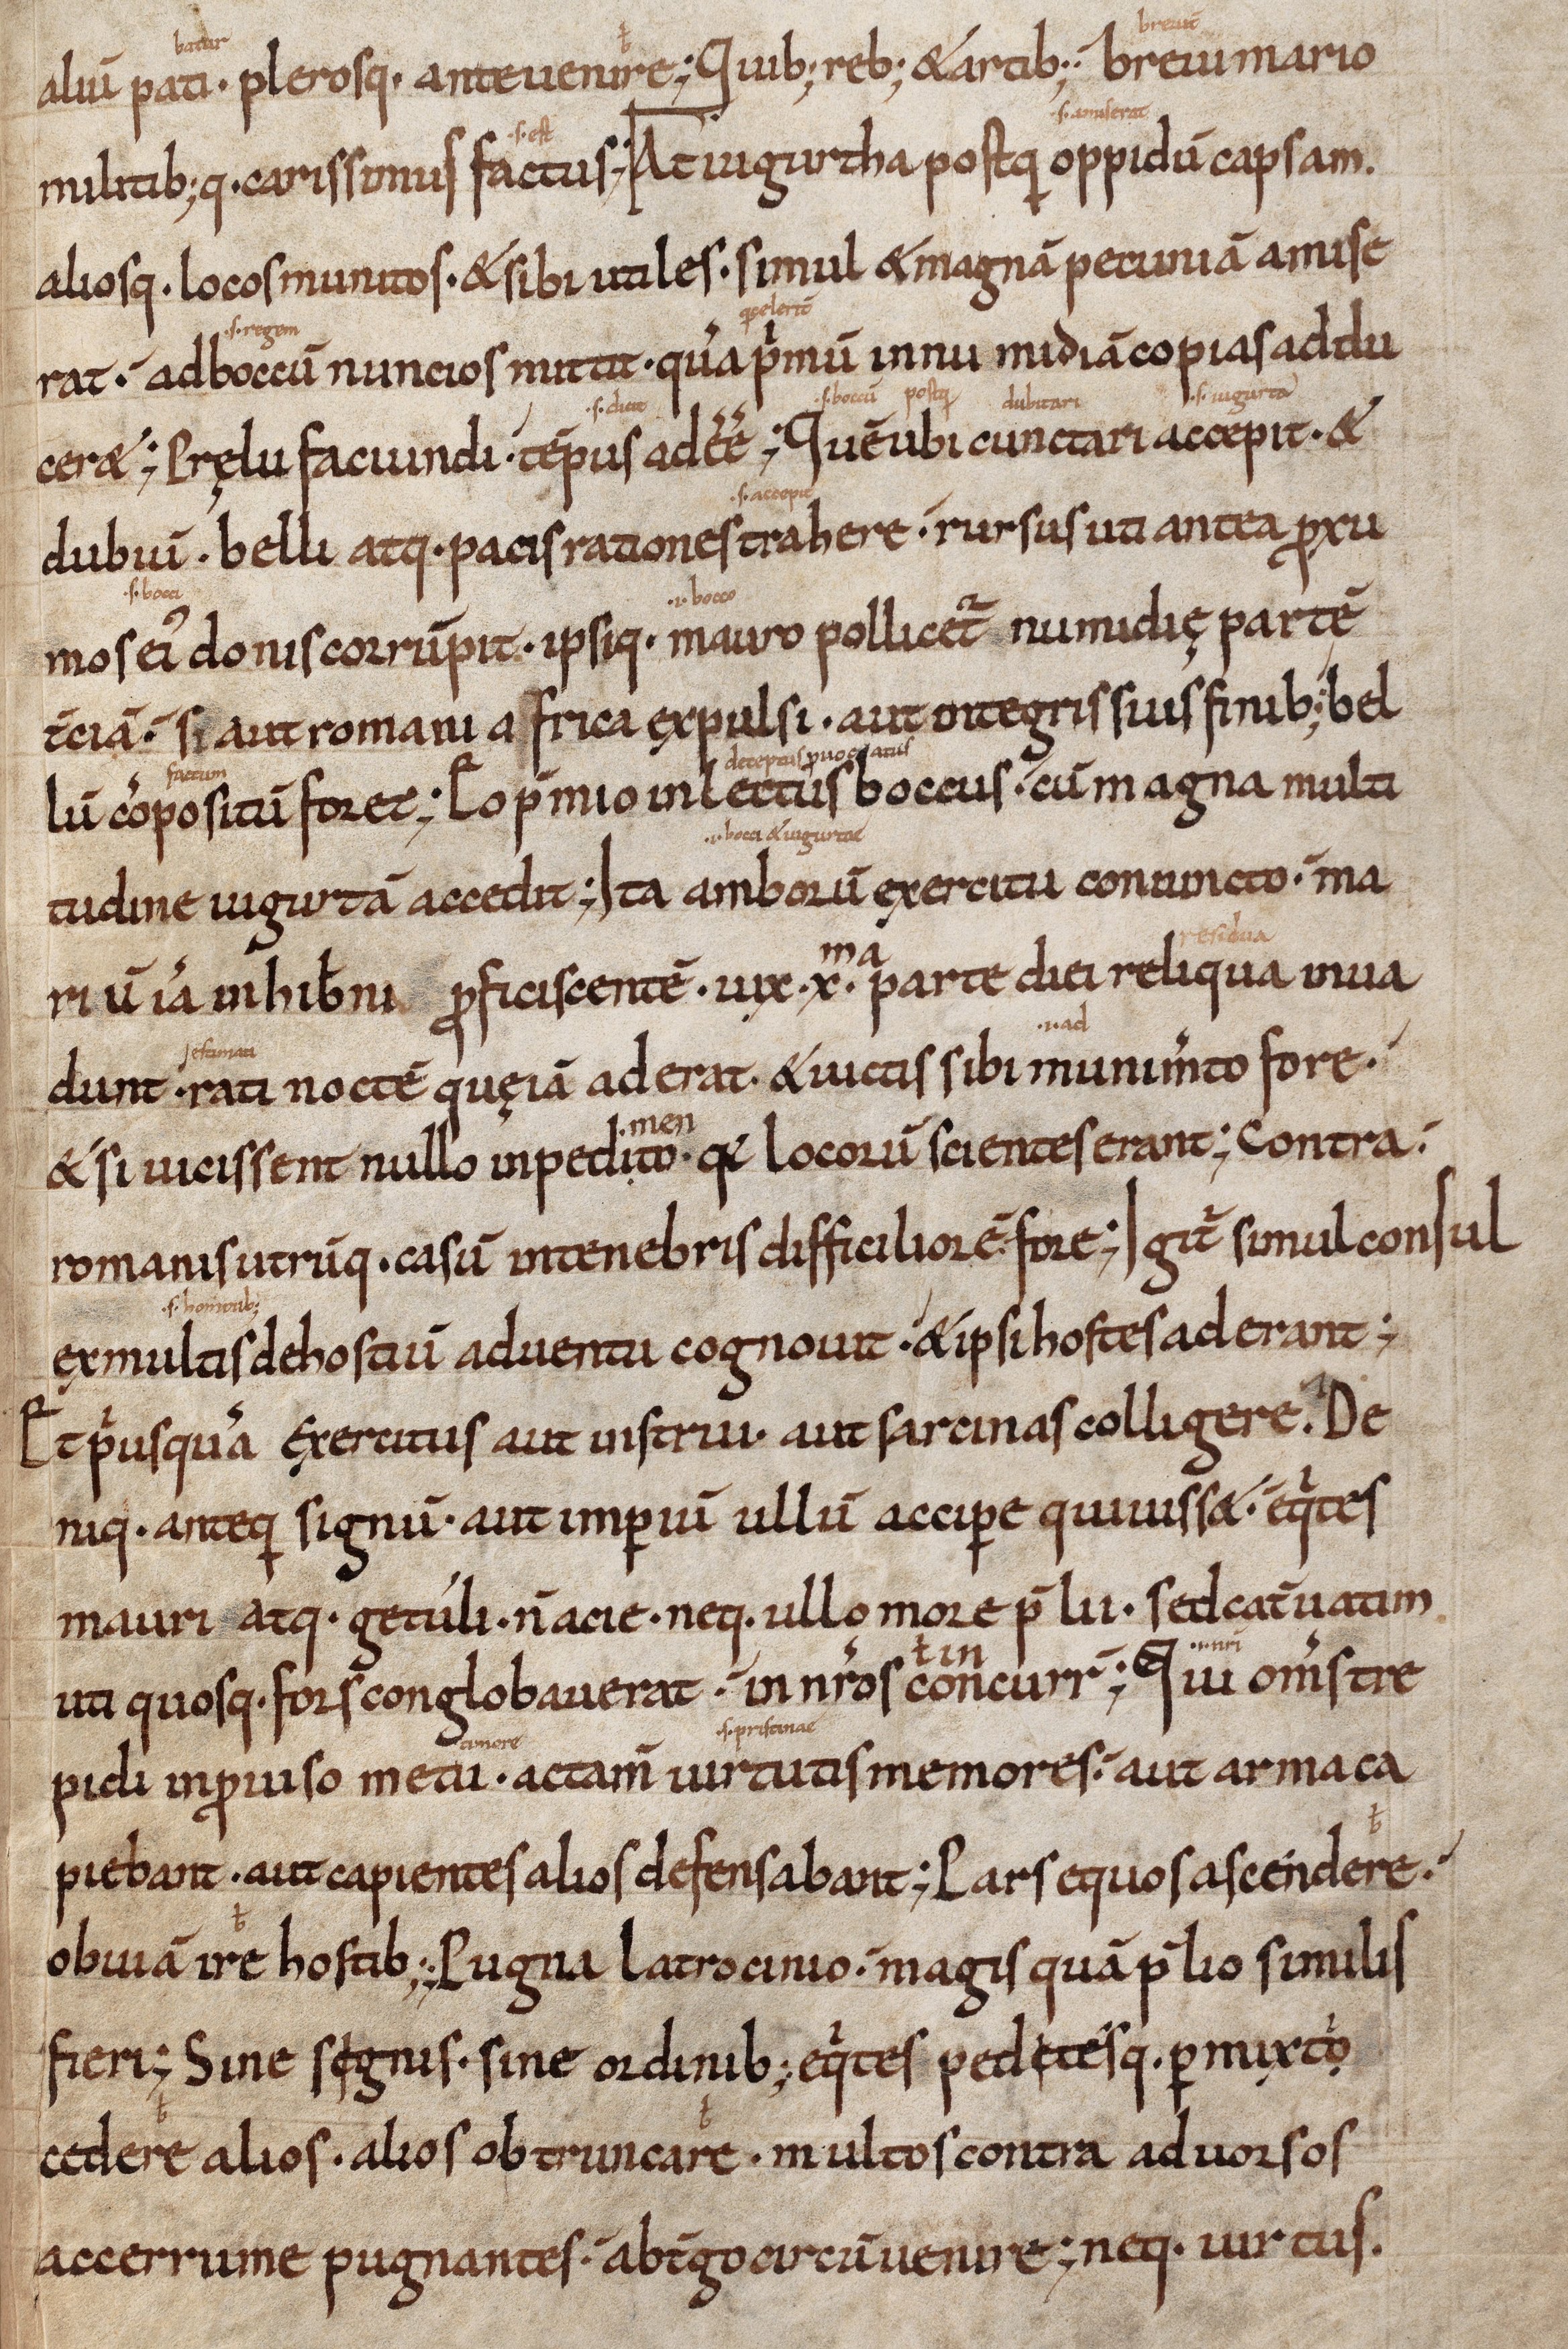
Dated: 1000–1099